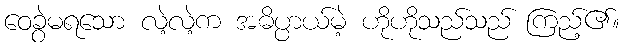
ဝေခွဲမရသော လဲ့လဲ့က အဓိပ္ပာယ်မဲ့ ဟိုဟိုသည်သည် ကြည့်၏။